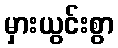
မှားယွင်းစွာ